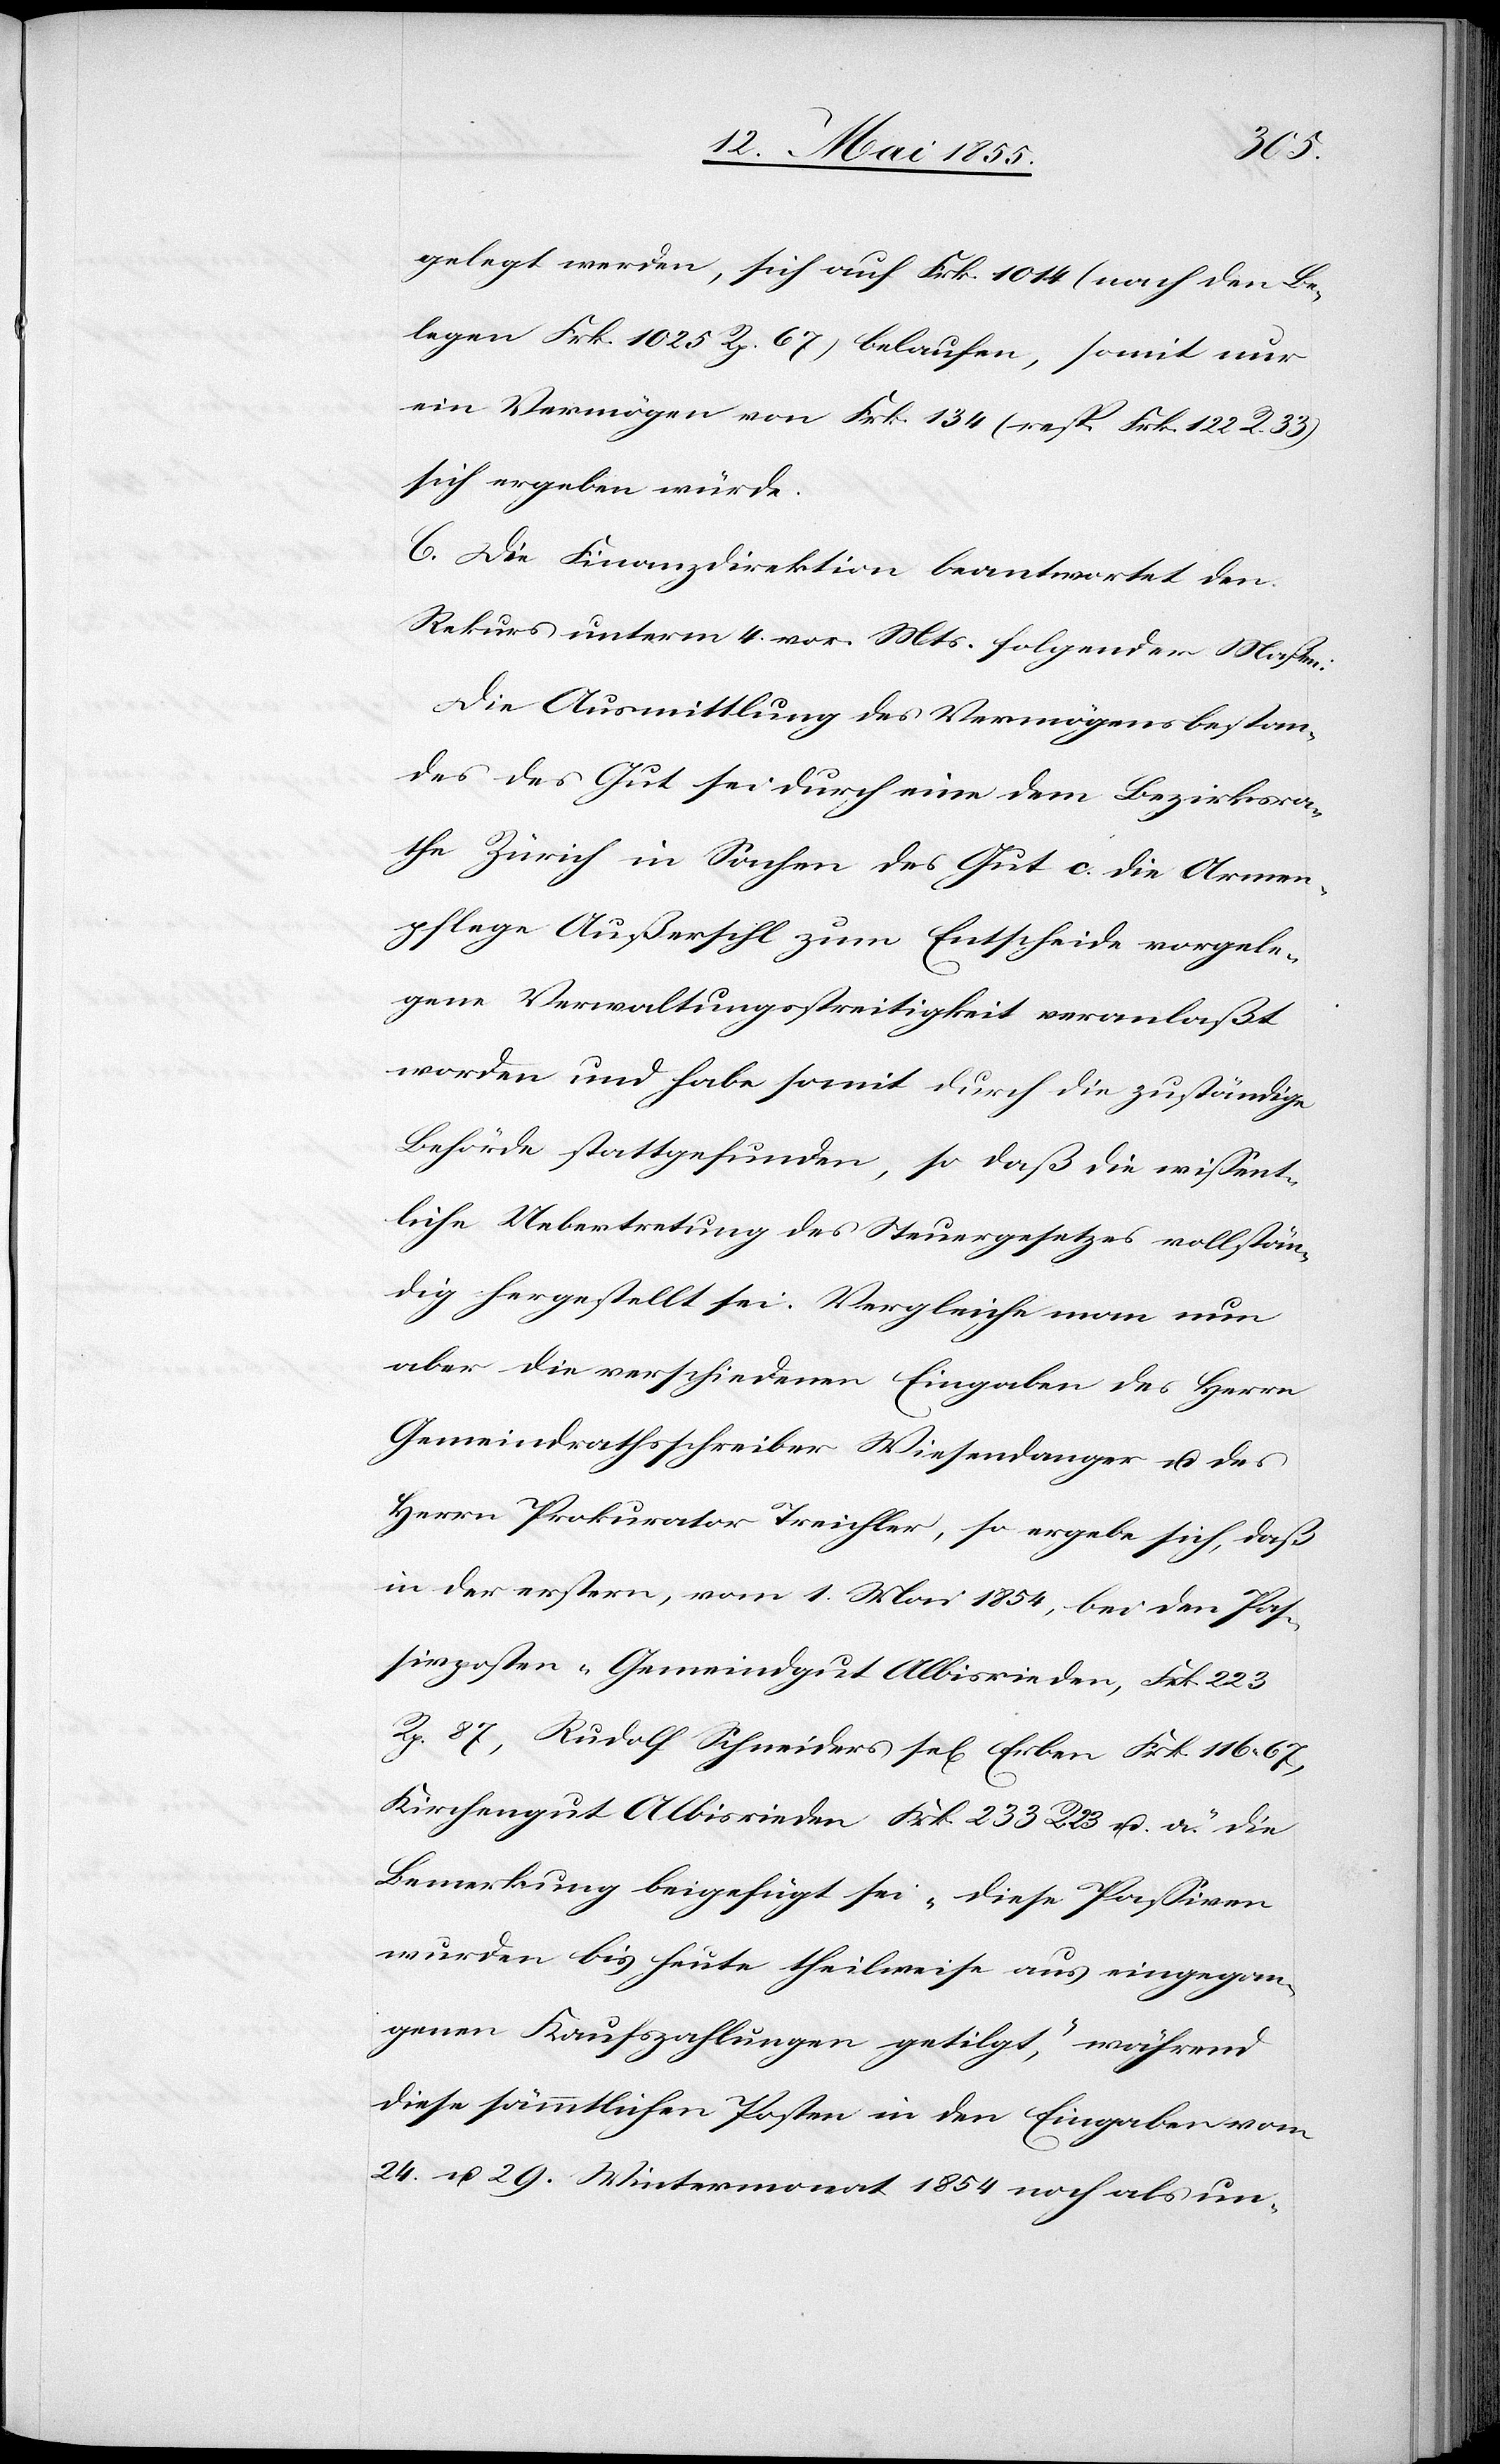
gelegt werden, sich auf Frk. 1014 (nach den Be¬
legen Frk. 1025 Rp. 67) belaufen, somit nur
ein Vermögen von Frk. 134 (resp. Frk. 122 R.
sich ergeben würde.
C. Die Finanzdirektion beantwortet den
Rekurs unterm 4. vor. Mts. folgender Maßen:
Die Ausmittlung des Vermögensbestan¬
des des Gut sei durch eine dem Bezirksra¬
the Zürich in Sachen des Gut c. die Armen¬
pflege Außersihl zum Entscheide vorgele¬
gene Verwaltungsstreitigkeit veranlaßt
worden und habe somit durch die zuständige
Behörde stattgefunden, so daß die wissent¬
liche Uebertretung des Steuergesetzes vollstän¬
dig hergestellt sei. Vergleiche man nun
aber die verschiedenen Eingaben des Herrn
Gemeindrathsschreiber Wiesendanger u. des
Herrn Prokurator Treichler, so ergebe sich, daß
in der erstern, vom 1. Mai 1854, bei den Pas¬
sivposten „Gemeindgut Albisrieden, Frk. 223
Rp. 87, Rudolf Schneiders sel[ige] Erben Frk. 116. 67,
Kirchengut Albisrieden Frk. 233 R. 23 u. a.“ die
Bemerkung beigefügt sei „diese Passiven
wurden bis heute theilweise aus eingegan¬
genen Kaufszahlungen getilgt,“ während
diese sämmtlichen Posten in den Eingaben vom
24. u. 29. Wintermonat 1854 noch als un-